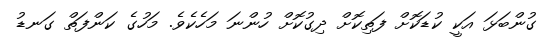
ގުންބަޅަ އަކީ ކުޑަކޮށް ފަތިކޮށް ދިގުކޮށް ހުންނަ މަހެކެވެ. މަހުގެ ކަންފަތް ގަނޑު